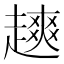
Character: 𫎿